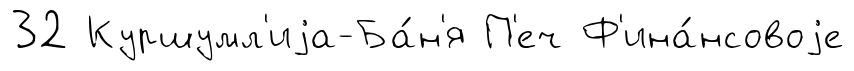
32 Куршумл'иjа-Ба́н'я П'еч Ф'ина́нсовоjе